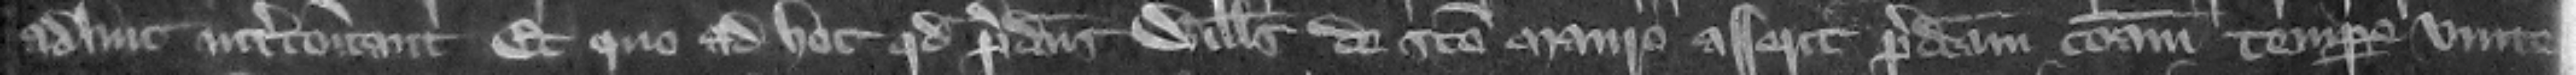
adhuc intercommunicant. Et quo ad hoc quod predictus Willelmus de Sancto Mauro asserit predictam communam tempore vite